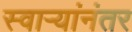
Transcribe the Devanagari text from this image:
स्वाऱ्यांनंतर